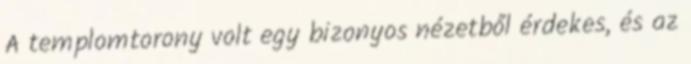
A templomtorony volt egy bizonyos nézetből érdekes, és az